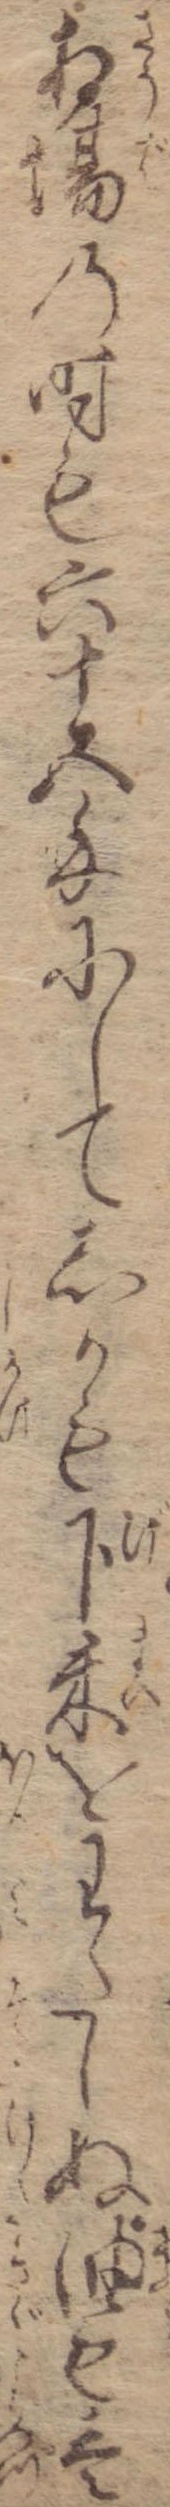
相場の時も六十五匁にしてしかも下米をわたしぬ油も壱